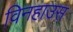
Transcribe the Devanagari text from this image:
विनहाउस